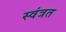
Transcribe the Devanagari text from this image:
स्वंत्रत